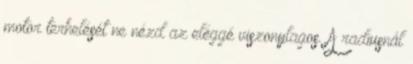
motor terhelését ne nézd az eléggé viszonylagos. A radiusnál